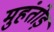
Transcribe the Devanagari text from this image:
मुहंतोड़